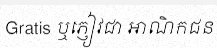
Gratis ឬភ្ញៀវជា អាណិកជន